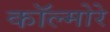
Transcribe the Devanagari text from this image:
कॉल्मोरे